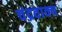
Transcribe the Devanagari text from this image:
चंद्रवाक्य